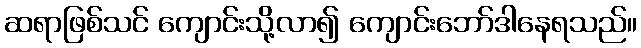
ဆရာဖြစ်သင် ကျောင်းသို့လာ၍ ကျောင်းဘော်ဒါနေရသည်။